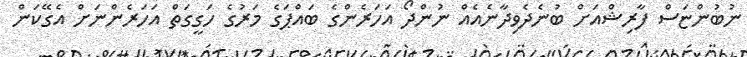
ނުބުންޏަސް ފާރިޝްއަށް ބުނެދެވިދާނެއެއް ނުންދޯ އަހަރެންގެ ބައްޕަގެ މަރުގެ ހަގީގަތް އަހަރެންނަށް އެގޭކަން